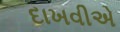
દાખવીએ